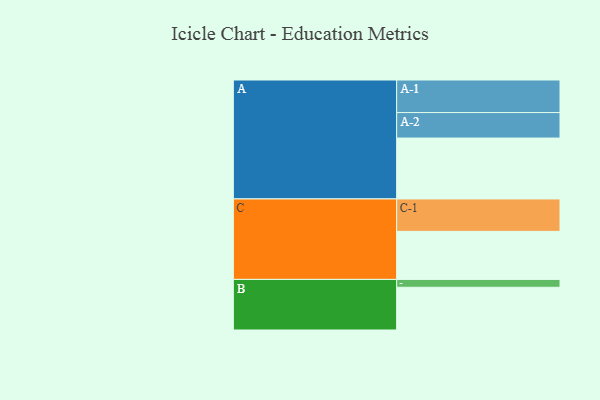
{"axis": {"x": "Segment", "y": "Value"}, "legend": ["", "A", "B", "C"], "data": [{"x": "A", "y": 456, "type": ""}, {"x": "B", "y": 320, "type": ""}, {"x": "C", "y": 360, "type": ""}, {"x": "A-1", "y": 244, "type": "A"}, {"x": "A-2", "y": 191, "type": "A"}, {"x": "B-1", "y": 59, "type": "B"}, {"x": "C-1", "y": 243, "type": "C"}]}